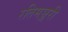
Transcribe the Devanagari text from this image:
रतिमञ्जरी